Report of the Municipal Commissioner on the plague in Bombay for the year ending 31st May... - Volume 3
Disease focus: Plague
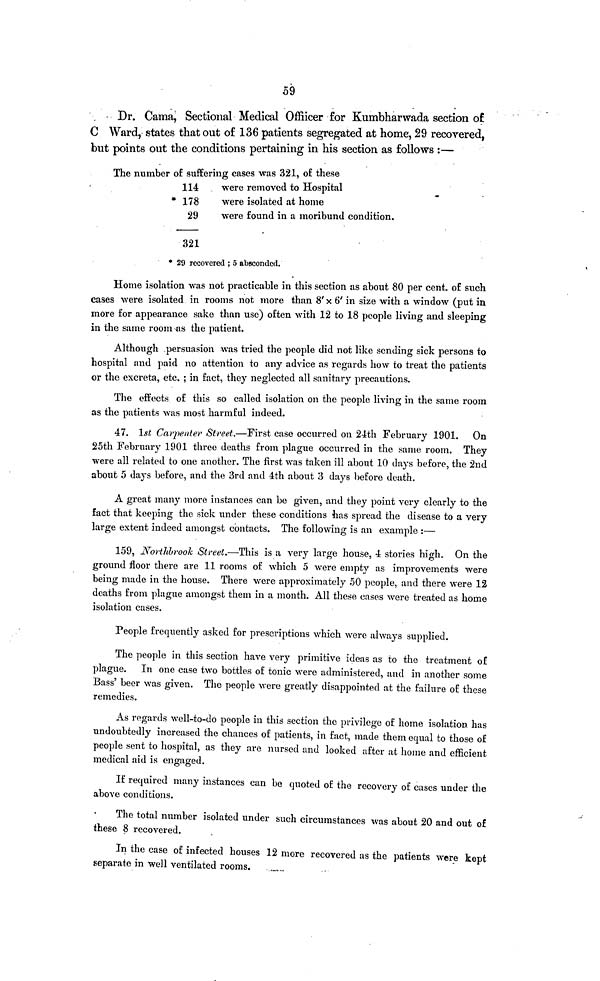
59
Dr. Cama, Sectional Medical Offiicer for Kumbharwada section o£
C Ward, states that out of 136 patients segregated at home, 29 recovered,
but points out the conditions pertaining in his section as follows :—
The number of suffering cases was 321, of these
114
were removed to Hospital
* 178
were isolated at home
29
were found in a moribund condition.
321
* 29 recovered ; 5 absconded.
Home isolation was not practicable in this section as about 80 per cent. of such
cases were isolated in rooms not more than 8' x 6' in size with a window (put in
more for appearance sake than use) often with 12 to 18 people living and sleeping
in the same room as the patient.
Although persuasion was tried the people did not like sending sick persons to
hospital and paid no attention to any advice as regards how to treat the patients
or the excreta, etc. ; in fact, they neglected all sanitary precautions.
The effects of this so called isolation on the people living in the same room
as the patients was most harmful indeed.
47. 1st Carpenter Street.—First case occurred on 24th February 1901. On
25th February 1901 three deaths from plague occurred in the same room. They
were all related to one another. The first was taken ill about 10 days before, the 2nd
about 5 days before, and the 3rd and 4th about 3 days before death.
A great many more instances can be given, and they point very clearly to the
fact that keeping the sick under these conditions has spread the disease to a very
large extent indeed amongst contacts. The following is an example :—
159, Northbrook Street.—This is a very large house, 4 stories high. On the
ground floor there are 11 rooms of which 5 were empty as improvements were
being made in the house. There were approximately 50 people, and there were 12
deaths from plague amongst them in a month. All these cases were treated as home
isolation cases.
People frequently asked for prescriptions which were always supplied.
The people in this section have very primitive ideas as to the treatment of
plague. In one case two bottles of tonic were administered, and in another some
Bass' beer was given. The people were greatly disappointed at the failure of these
remedies.
As regards well-to-do people in this section the privilege of home isolation has
undoubtedly increased the chances of patients, in fact, made them equal to those of
people sent to hospital, as they are nursed and looked after at home and efficient
medical aid is engaged.
If required many instances can be quoted of the recovery of cases under the
above conditions.
The total number isolated under such circumstances was about 20 and out of
these 8 recovered.
In the case of infected houses 12 more recovered as the patients were kept
separate in well ventilated rooms.